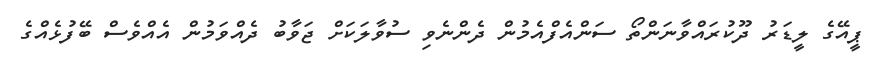
ޕީއޭގެ ލީޑަރު ދޫކުރައްވާނަންތޯ ސަންއެފްއެމުން ދެންނެވި ސުވާލަކަށް ޖަވާބު ދެއްވަމުން އެއްވެސް ބޭފުޅެއްގެ